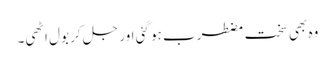
وہ بھی سخت مضطرب ہو گئی اور جل کر بول اٹھی۔